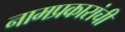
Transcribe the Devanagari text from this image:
नामप्रकारांची